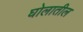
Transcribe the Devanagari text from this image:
घोलातील